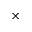
\times